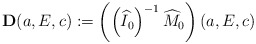
\begin{align*}{\bf D}(a,E,c):=\left(\left(\widehat{I}_0\right)^{-1}\widehat{M}_0\right)(a,E,c)\end{align*}